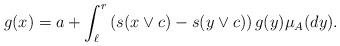
LaTeX: \begin{align*}g(x)=a +\int_{\ell}^r\left(s(x\vee c)-s(y\vee c)\right) g(y)\mu_A(dy).\end{align*}